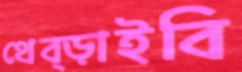
থেব্‌ড়াইবি